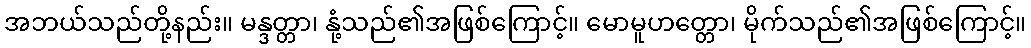
အဘယ်သည်တို့နည်း။ မန္ဒတ္တာ၊ နုံ့သည်၏အဖြစ်ကြောင့်။ မောမူဟတ္တော၊ မိုက်သည်၏အဖြစ်ကြောင့်။